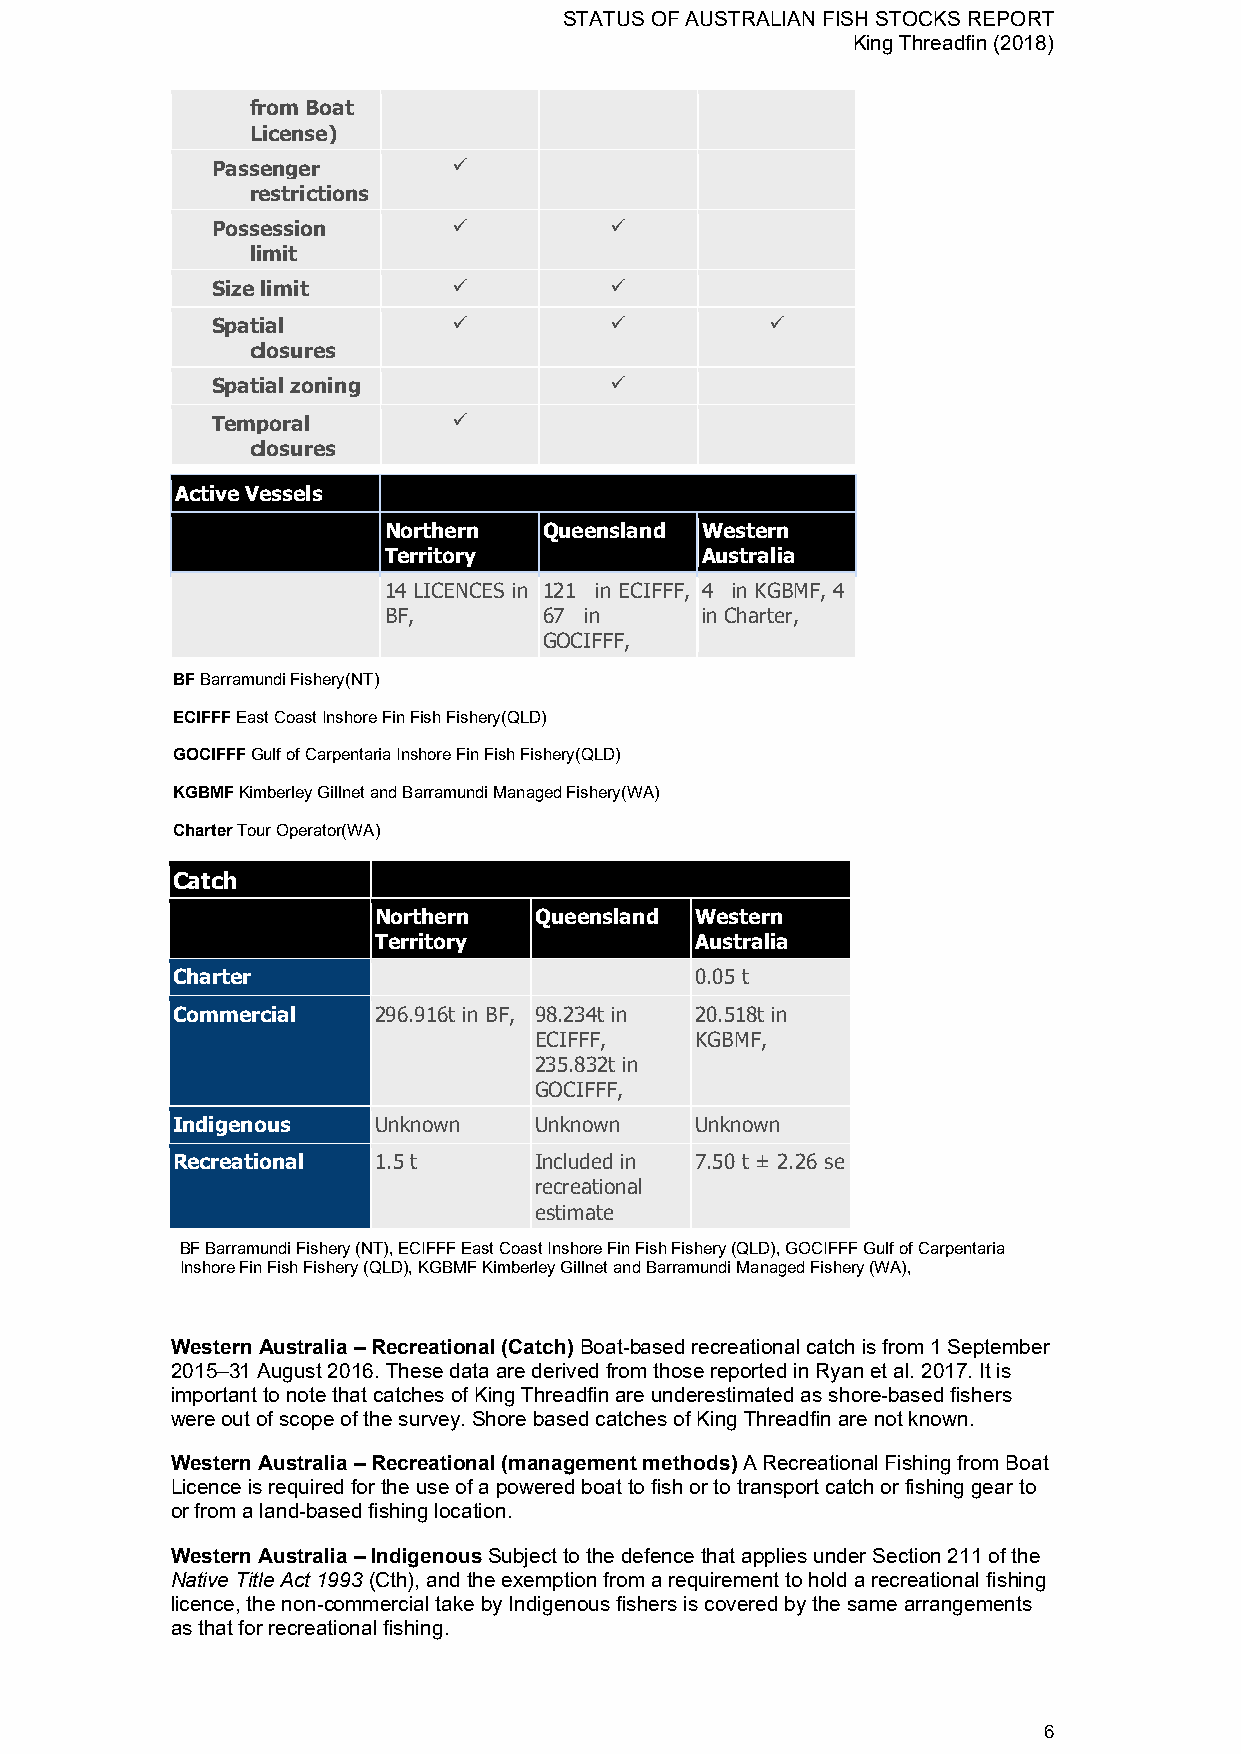
STATUS OF AUSTRALIAN FISH STOCKS REPORT
 King Threadfin (2018)
 from Boat
 License)
 Passenger
 
 restrictions
 Possession
          
 limit
 Size limit
          
 Spatial
                    
 closures
 Spatial zoning
 
 Temporal
 
 closures
 Active Vessels
 Northern   Queensland Western
 Territory            Australia
 14 LICENCES in 121 in ECIFFF, 4 in KGBMF, 4
 BF,        67 in     in Charter,
 GOCIFFF,
 BF Barramundi Fishery(NT)
 ECIFFF East Coast Inshore Fin Fish Fishery(QLD)
 GOCIFFF Gulf of Carpentaria Inshore Fin Fish Fishery(QLD)
 KGBMF Kimberley Gillnet and Barramundi Managed Fishery(WA)
 Charter Tour Operator(WA)
 Catch
 Northern  Queensland Western
 Territory            Australia
 Charter                            0.05 t
 Commercial    296.916t in BF, 98.234t in 20.518t in
 ECIFFF,    KGBMF,
 235.832t in
 GOCIFFF,
 Indigenous    Unknown   Unknown    Unknown
 Recreational  1.5 t     Included in 7.50 t ± 2.26 se
 recreational
 estimate
 BF Barramundi Fishery (NT), ECIFFF East Coast Inshore Fin Fish Fishery (QLD), GOCIFFF Gulf of Carpentaria
 Inshore Fin Fish Fishery (QLD), KGBMF Kimberley Gillnet and Barramundi Managed Fishery (WA),
 Western Australia – Recreational (Catch) Boat-based recreational catch is from 1 September
 2015–31 August 2016. These data are derived from those reported in Ryan et al. 2017. It is
 important to note that catches of King Threadfin are underestimated as shore-based fishers
 were out of scope of the survey. Shore based catches of King Threadfin are not known.
 Western Australia – Recreational (management methods) A Recreational Fishing from Boat
 Licence is required for the use of a powered boat to fish or to transport catch or fishing gear to
 or from a land-based fishing location.
 Western Australia – Indigenous Subject to the defence that applies under Section 211 of the
 Native Title Act 1993 (Cth), and the exemption from a requirement to hold a recreational fishing
 licence, the non-commercial take by Indigenous fishers is covered by the same arrangements
 as that for recreational fishing.
 6